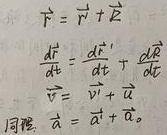
\(\vec{r}=\vec{r}'+\vec{R}\)
\(\frac{d\vec{r}}{dt}=\frac{d\vec{r}'}{dt}+\frac{d\vec{R}}{dt}\)
\(\vec{v}=\vec{v}'+\vec{u}\)
同理，\(\vec{a}=\vec{a}'+\vec{a}_0\)